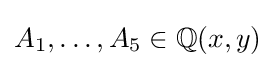
A_{1},\ldots ,A_{5}\in \mathbb {Q} (x,y)